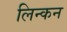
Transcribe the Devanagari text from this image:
लिन्कन